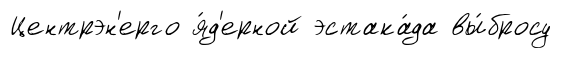
Центрэн'ерго я́д'ерной эстака́да вы́бросу